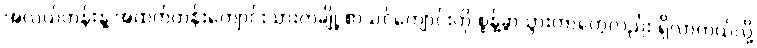
အလယ်တန်းနဲ့ အထက်တန်းကျောင်းသားတချို့ စာသင်ကျောင်းကို စွန့်ခွာသွားတာတွေလည်း ရှိလာတယ်လို့